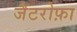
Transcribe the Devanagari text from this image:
जैटरोफ़ा